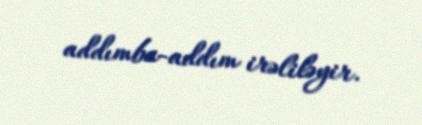
addımba-addım irəliləyir.